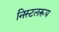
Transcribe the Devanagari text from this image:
निस्टलरूय